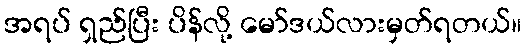
အရပ် ရှည်ပြီး ပိန်လို့ မော်ဒယ်လားမှတ်ရတယ်။